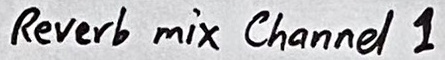
Text: Revert  mix Channel 1